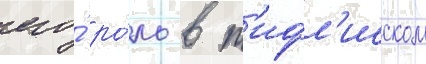
его́ ро́ль в т'ифл'исском